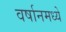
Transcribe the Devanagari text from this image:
वर्षानमध्ये